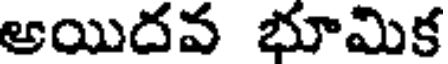
ఆయిదవ భూమిక